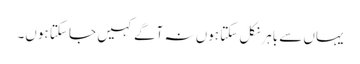
یہاں سے باہر نکل سکتا ہوں نہ آگے کہیں جا سکتا ہوں۔